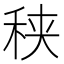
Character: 𥞦